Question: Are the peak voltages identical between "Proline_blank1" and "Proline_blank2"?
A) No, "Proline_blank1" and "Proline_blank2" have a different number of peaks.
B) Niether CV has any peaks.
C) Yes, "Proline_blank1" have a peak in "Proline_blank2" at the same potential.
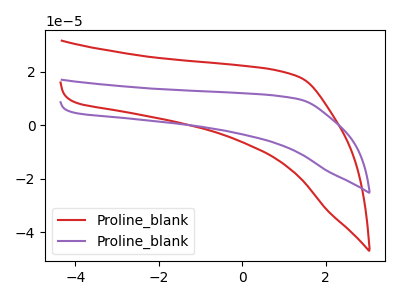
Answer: <think>The red curve "Proline_blank1" has no peaks. The purple curve "Proline_blank2" has no peaks.</think>
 <answer>B) Niether CV has any peaks.</answer>
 <eval>B</eval>